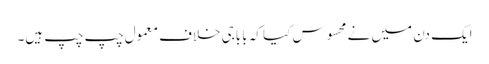
ایک دن میں نے محسوس کیا کہ باباجی خلاف معمول چپ چپ ہیں۔